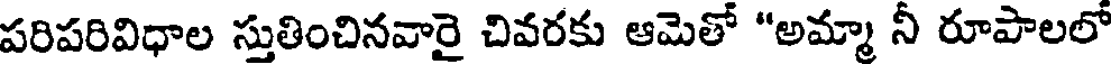
పరిపరివిధాల స్తుతించినవారై చివరకు ఆమెతో "అమ్మా నీ రూపాలలో